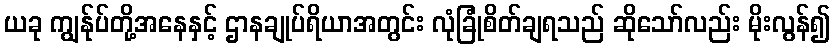
ယခု ကျွန်ုပ်တို့အနေနှင့် ဌာနချုပ်ရိယာအတွင်း လုံခြုံစိတ်ချရသည် ဆိုသော်လည်း မိုးလွန်၍